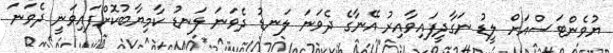
ޔުވެންޓަސްއަށް ލީޑު ނަގާދީފައިވާއިރު އޭނާގެ ދެވަނަ ލަނޑު ދެވަނަ ލަނޑު ކާމިޔާބުކޮށްފައިވަނީ ދެވަނަ